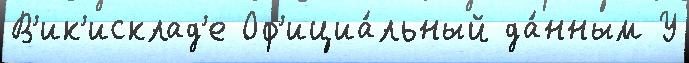
В'ик'исклад'е Оф'ициа́льный да́нным У